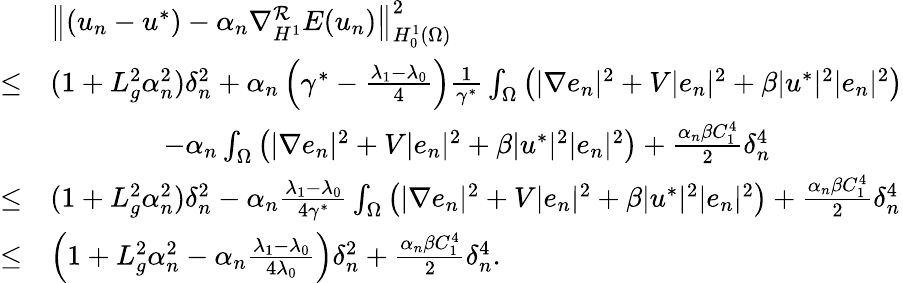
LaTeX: \begin{array}{rl}&{\left\Vert(u_{n}-u^{*})-\alpha_{n}\nabla_{H^{1}}^{\mathcal{R}}E(u_{n})\right\Vert_{H_{0}^{1}(\Omega)}^{2}}\\ {\leq}&{(1+L_{g}^{2}\alpha_{n}^{2})\delta_{n}^{2}+\alpha_{n}\left(\gamma^{*}-\frac{\lambda_{1}-\lambda_{0}}{4}\right)\frac{1}{\gamma^{*}}\int_{\Omega}\left(|\nabla e_{n}|^{2}+V|e_{n}|^{2}+\beta|u^{*}|^{2}|e_{n}|^{2}\right)}\\ &{\qquad\qquad-\alpha_{n}\int_{\Omega}\left(|\nabla e_{n}|^{2}+V|e_{n}|^{2}+\beta|u^{*}|^{2}|e_{n}|^{2}\right)+\frac{\alpha_{n}\beta C_{1}^{4}}{2}\delta_{n}^{4}}\\ {\leq}&{(1+L_{g}^{2}\alpha_{n}^{2})\delta_{n}^{2}-\alpha_{n}\frac{\lambda_{1}-\lambda_{0}}{4\gamma^{*}}\int_{\Omega}\left(|\nabla e_{n}|^{2}+V|e_{n}|^{2}+\beta|u^{*}|^{2}|e_{n}|^{2}\right)+\frac{\alpha_{n}\beta C_{1}^{4}}{2}\delta_{n}^{4}}\\ {\leq}&{\left(1+L_{g}^{2}\alpha_{n}^{2}-\alpha_{n}\frac{\lambda_{1}-\lambda_{0}}{4\lambda_{0}}\right)\delta_{n}^{2}+\frac{\alpha_{n}\beta C_{1}^{4}}{2}\delta_{n}^{4}.}\end{array}